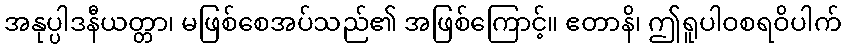
အနုပ္ပါဒနီယတ္တာ၊ မဖြစ်စေအပ်သည်၏ အဖြစ်ကြောင့်။ ဧတာနိ၊ ဤရူပါဝစရဝိပါက်